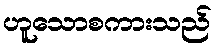
ဟူသောစကားသည်